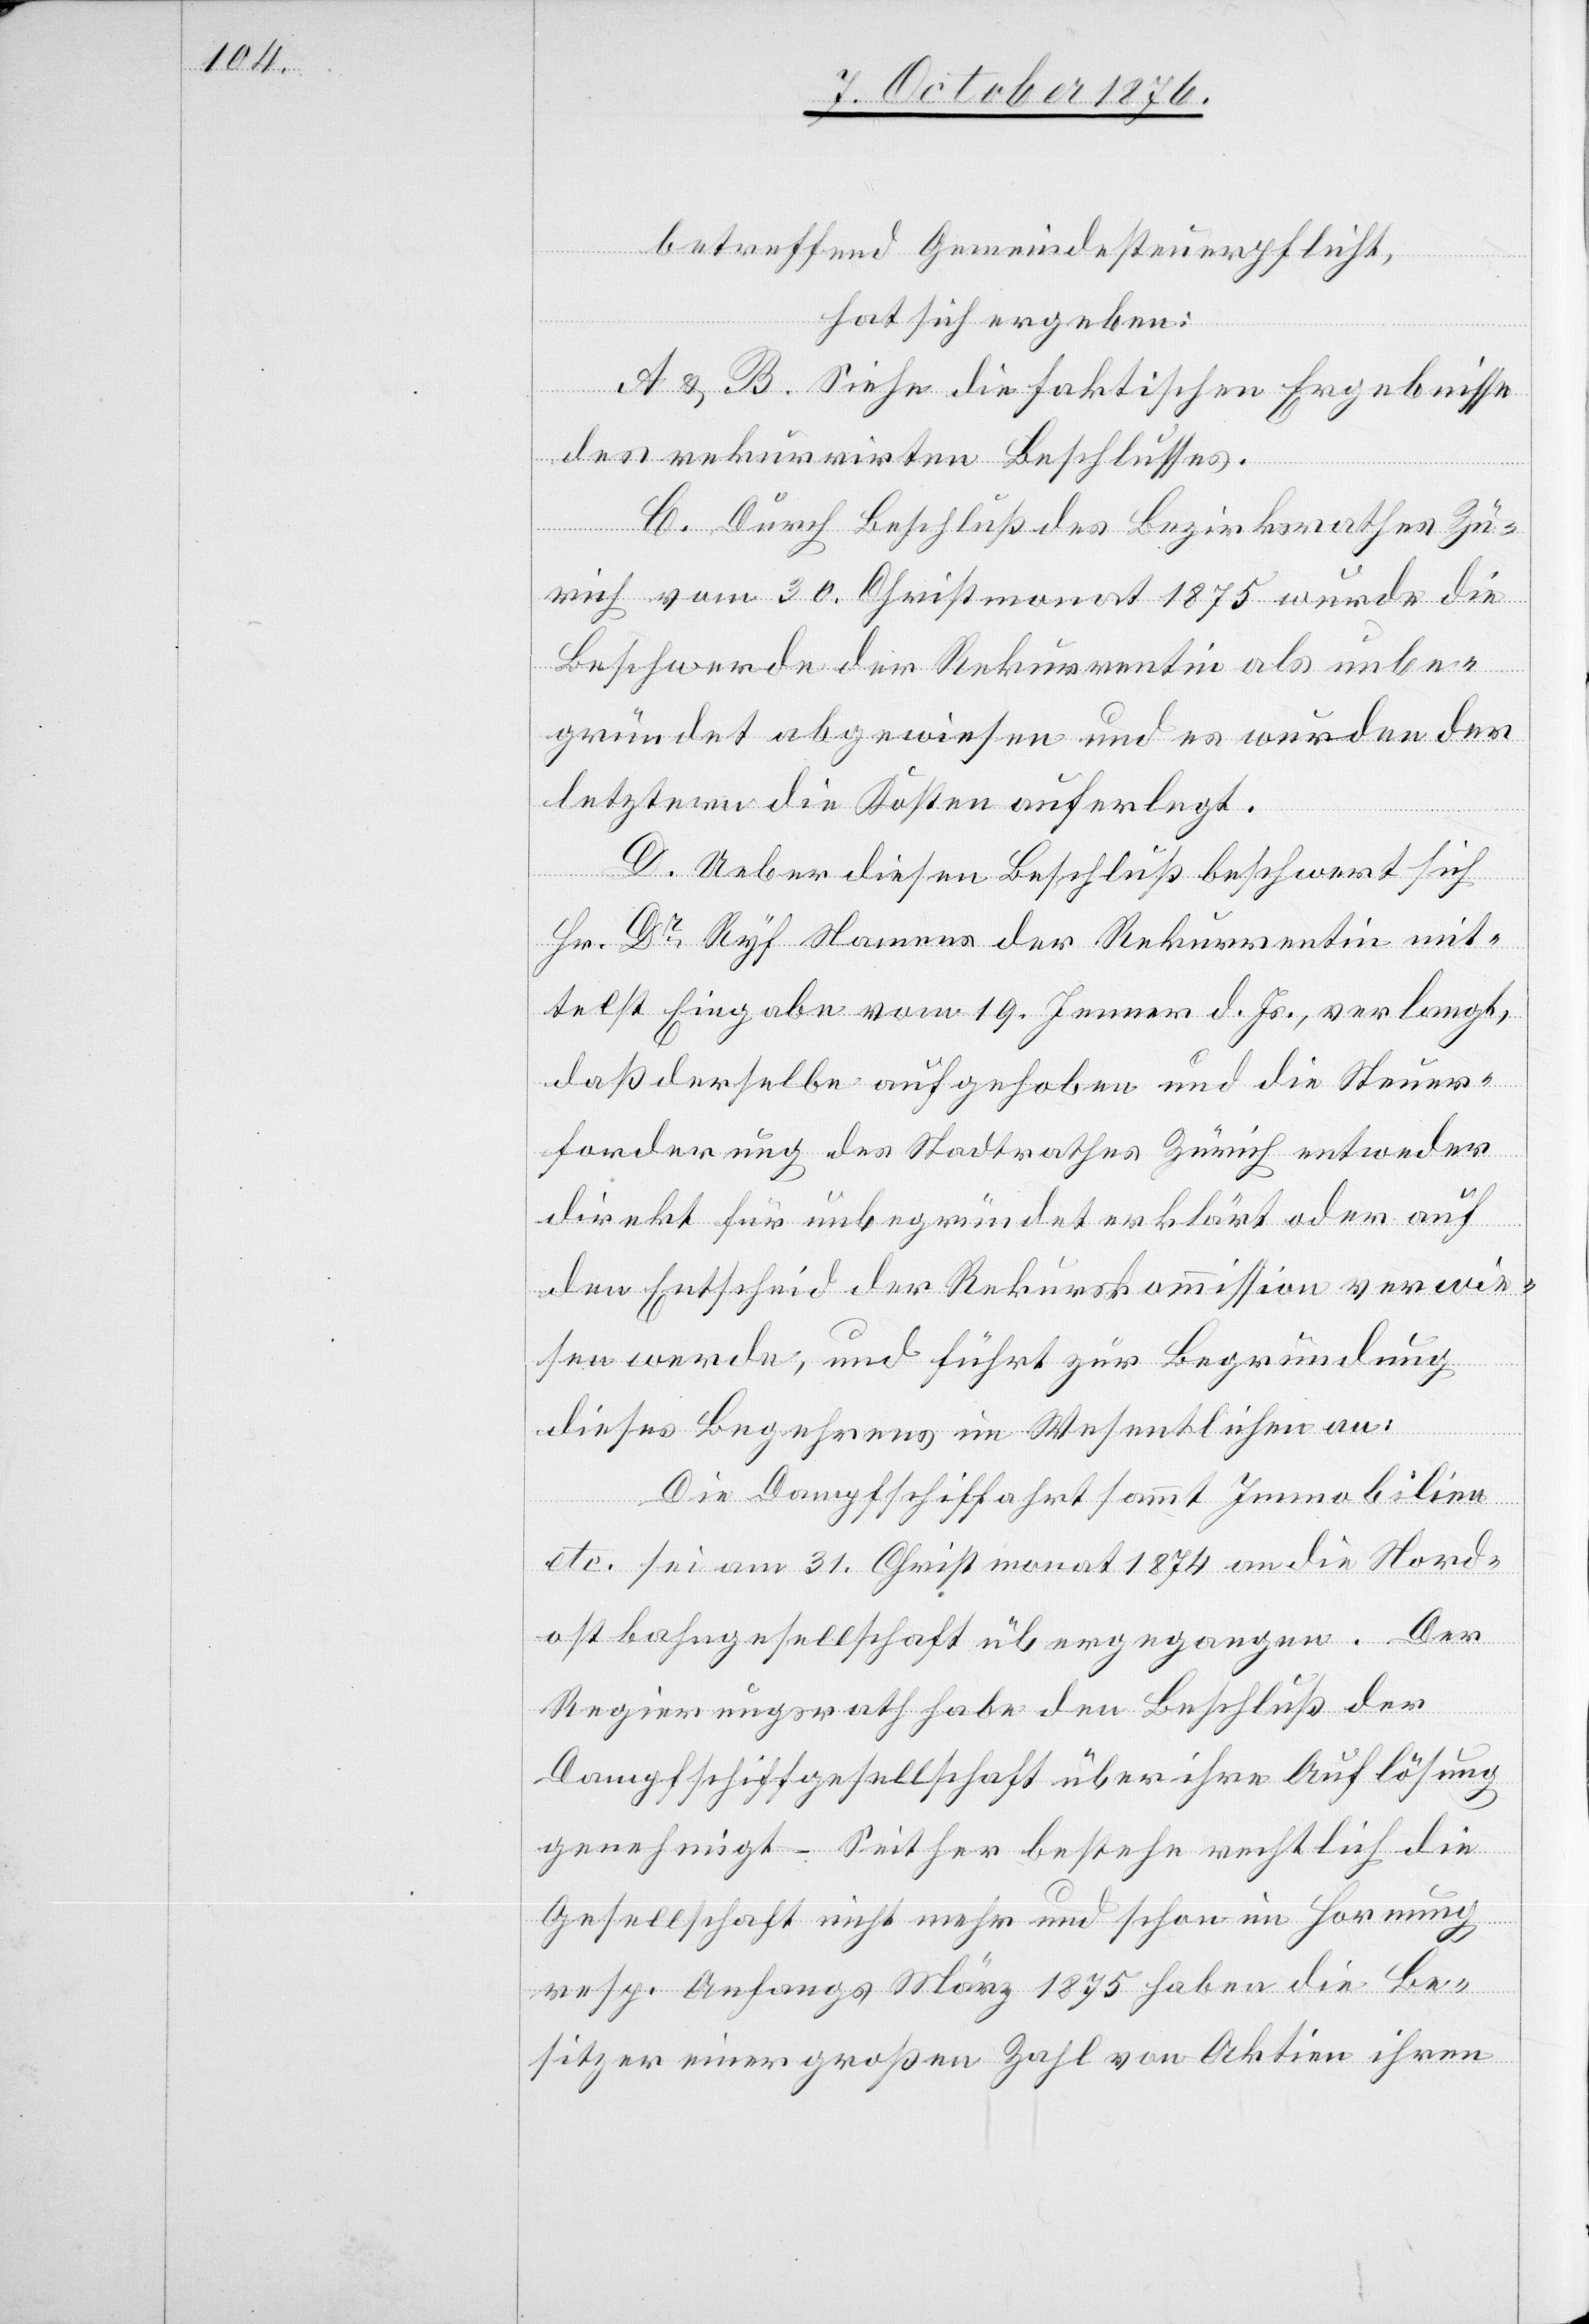
betreffend Gemeindesteuerpflicht,
hat sich ergeben:
A & B. Siehe die faktischen Ergebnisse
des rekurrirten Beschlusses.
C. Durch Beschluß des Bezirksrathes Zü¬
rich vom 30. Christmonat 1875 wurde die
Beschwerde der Rekurrentin als unbe¬
sung
gründet abgewiesen und es wurden der
letztern die Kosten auferlegt.
D. Ueber diesen Beschluß beschwert sich
HR. Dr Ryf Namens der Rekurrentin mit¬
telst Eingabe vom 19. Jenner d. Js., verlangt,
daß derselbe aufgehoben und die Steuer¬
forderung des Stadtrathes Zürich entweder
direkt für unbegründet erklärt oder auf
den Entscheid der Rekurskommission verwie¬
sen werde, und führt zur Begründung
dieses Begehrens im Wesentlichen an:
Die Dampfschiffahrt sammt Immobilien
etc. sei am 31. Christmonat 1874 an die Nord¬
ostbahngesellschaft über ihre Au¬
genehmigt. – Seither bestehe rechtlich die
Gesellschaft nicht mehr und schon im Hornung
resp. Anfangs März 1875 haben die Be¬
sitzer einer großen Zahl von Aktien ihren